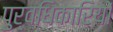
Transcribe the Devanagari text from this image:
पुर्वधिकारियों